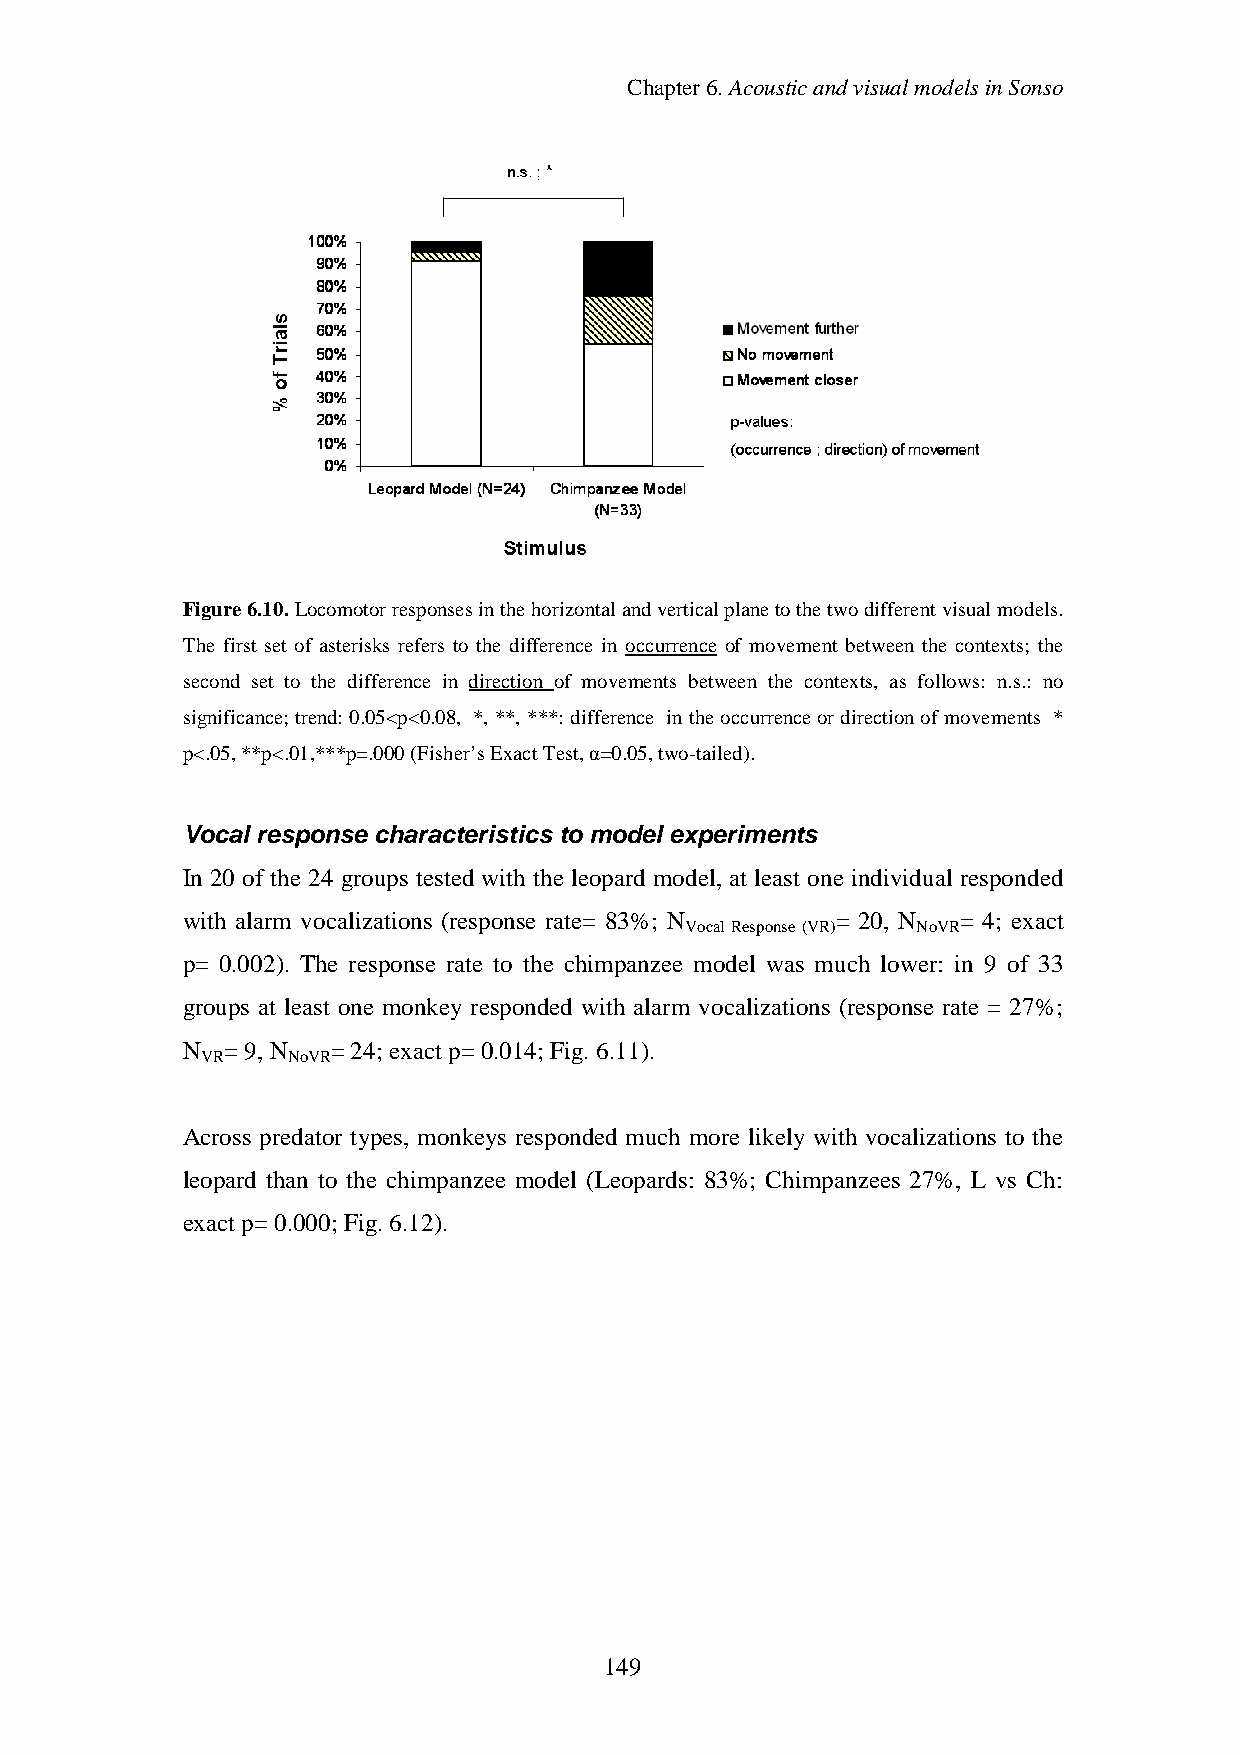
Chapter6.AcousticandvisualmodelsinSonso
 Figure6.10.Locomotorresponsesinthehorizontalandverticalplanetothetwodifferentvisualmodels.
 The first set of asterisks refers to the difference in occurrence of movement between the contexts; the
 second set to the difference in direction of movements between the contexts, as follows: n.s.: no
 significance;trend:0.05<p<0.08, *, **, ***:difference intheoccurrenceordirectionofmovements *
 p<.05,**p<.01,***p=.000(Fisher’sExactTest,α=0.05,two-tailed).
 Vocal response characteristics to model experiments
 In 20 of the 24 groups tested with the leopard model, at least one individual responded
 with alarm vocalizations (response rate= 83%; N = 20, N = 4; exact
 VocalResponse(VR) NoVR
 p= 0.002). The response rate to the chimpanzee model was much lower: in 9 of 33
 groups at least one monkey responded with alarm vocalizations (response rate = 27%;
 N  =9,N   =24; exact p=0.014; Fig.6.11).
 VR    NoVR
 Across predator types, monkeys responded much more likely with vocalizations to the
 leopard than to the chimpanzee model (Leopards: 83%; Chimpanzees 27%, L vs Ch:
 exact p=0.000; Fig.6.12).
 149